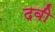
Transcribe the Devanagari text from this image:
दवी